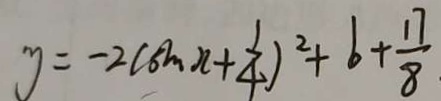
y = - 2 ( \sin x + \frac { 1 } { 4 } ) ^ { 2 } + 6 + \frac { 1 7 } { 8 }